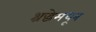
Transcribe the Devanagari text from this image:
श्रद्धेमधून